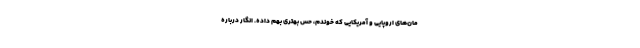
مان‌های اروپایی و آمریکایی که خوندم، حس بهتری بهم داده. انگار درباره